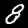
Label: 8